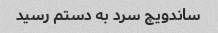
ساندویچ سرد به دستم رسید